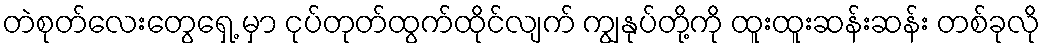
တဲစုတ်လေးတွေရှေ့ မှာ ငုပ်တုတ်ထွက်ထိုင်လျက် ကျွနုပ်တို့ကို ထူးထူးဆန်းဆန်း တစ်ခုလို